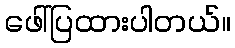
ဖေါ်ပြထားပါတယ်။